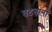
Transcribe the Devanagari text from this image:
घटनानों